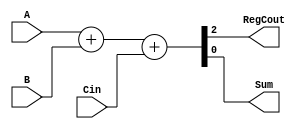
module FullAdder(
    input A,
    input B,
    input Cin,
    output RegCout,
    output Sum
);

reg Cout;
reg [1:0] output_sum;

always @(*)
begin
    {Cout, output_sum} = A + B + Cin;
end

assign RegCout = Cout;
assign Sum = output_sum[0];

endmodule